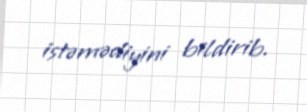
istəmədiyini bildirib.